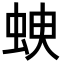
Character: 𧊠